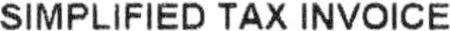
SIMPLIFIED TAX INVOICE